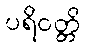
ပရိဝတ္တိ